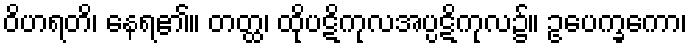
ဝိဟရတိ၊ နေရ၏။ တတ္ထ၊ ထိုပဋိကုလအပ္ပဋိကုလ၌။ ဥပေက္ခကော၊